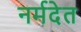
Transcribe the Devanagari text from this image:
नर्मदेत